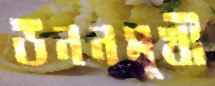
উননমুখী